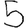
Digit: 5